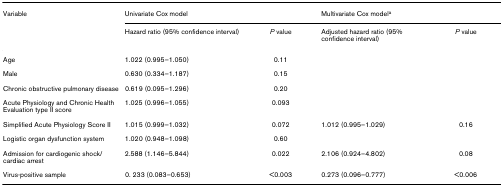
| Variable | <COLSPAN=2> Univariate Cox model | <COLSPAN=2> Multivariate Cox modela |
 |  | Hazard ratio (95% confidence interval) | P value | Adjusted hazard ratio (95% confidence interval) | P value |
 | --- | --- | --- | --- | --- |
 | Age | 1.022 (0.995–1.050) | 0.11 |  |  |
 | Male | 0.630 (0.334–1.187) | 0.15 |  |  |
 | Chronic obstructive pulmonary disease | 0.619 (0.095–1.296) | 0.20 |  |  |
 | Acute Physiology and Chronic Health Evaluation type II score | 1.025 (0.996–1.055) | 0.093 |  |  |
 | Simplified Acute Physiology Score II | 1.015 (0.999–1.032) | 0.072 | 1.012 (0.995–1.029) | 0.16 |
 | Logistic organ dysfunction system | 1.020 (0.948–1.098) | 0.60 |  |  |
 | Admission for cardiogenic shock/cardiac arrest | 2.588 (1.146–5.844) | 0.022 | 2.106 (0.924–4.802) | 0.08 |
 | Virus-positive sample | 0. 233 (0.083–0.653) | <0.003 | 0.273 (0.096–0.777) | <0.006 |